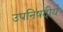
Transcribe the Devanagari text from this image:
उपनिषदीय